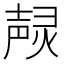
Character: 𤍌